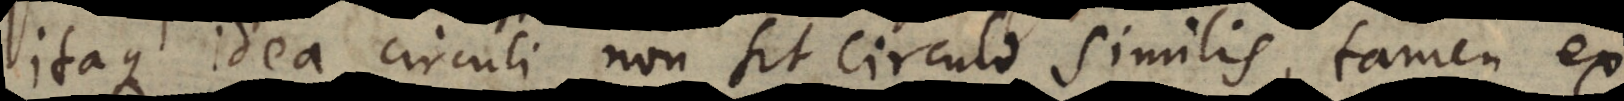
itaque idea circuli non sit circulo similis, tamen ex